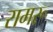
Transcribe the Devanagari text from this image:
रामरू